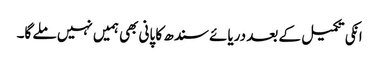
انکی تکمیل کے بعد دریائے سندھ کا پانی بھی ہمیں نہیں ملے گا۔